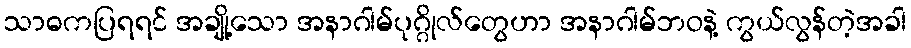
သာဓကပြရရင် အချို့သော အနာဂါမ်ပုဂ္ဂိုလ်တွေဟာ အနာဂါမ်ဘဝနဲ့ ကွယ်လွန်တဲ့အခါ